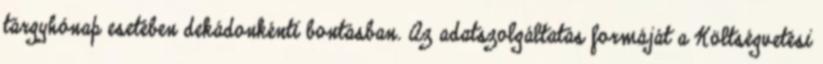
tárgyhónap esetében dekádonkénti bontásban. Az adatszolgáltatás formáját a Költségvetési